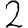
Digit: 2